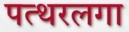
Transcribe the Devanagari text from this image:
पत्थरलगा